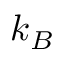
k _ { B }